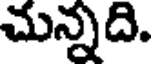
చున్నది.